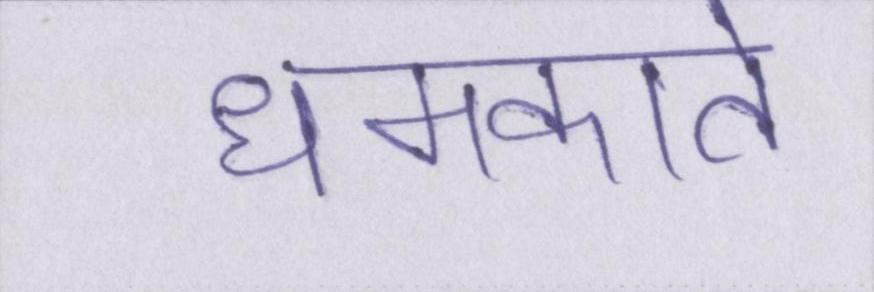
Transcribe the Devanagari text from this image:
धमकाते